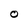
Character: o